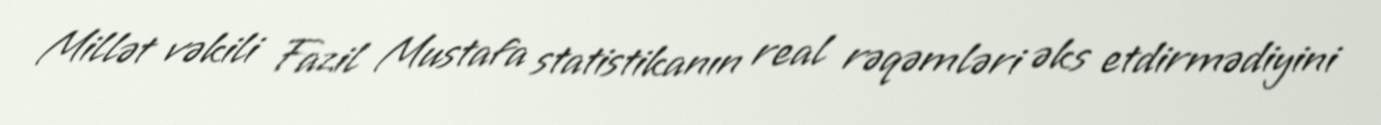
Millət vəkili Fazil Mustafa statistikanın real rəqəmləri əks etdirmədiyini